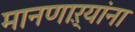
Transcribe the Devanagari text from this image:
मानणाऱ्यांना